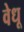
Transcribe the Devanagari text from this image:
वेधू